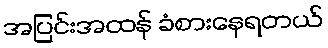
အပြင်းအထန် ခံစားနေရတယ်